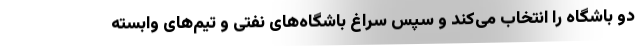
دو باشگاه را انتخاب می‌کند و سپس سراغ باشگاه‌های نفتی و تیم‌های وابسته